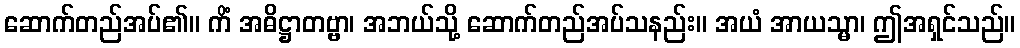
ဆောက်တည်အပ်၏။ ကိံ အဓိဋ္ဌာတဗ္ဗာ၊ အဘယ်သို့ ဆောက်တည်အပ်သနည်း။ အယံ အာယသ္မာ၊ ဤအရှင်သည်။